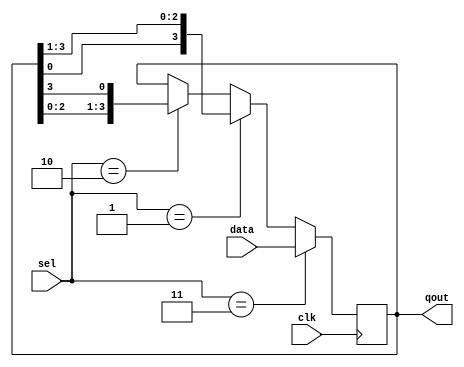
module hw6_register(qout, data, sel, clk);
	output [3:0] qout;
	input [3:0] data;
	input [1:0] sel;
	input clk;
	reg [3:0] qout;
	
	always @(posedge clk) begin
		if (sel == 2'b11) qout <= data;
		else if (sel == 2'b01) // rotate right
			qout[3:0] = {qout[0], qout[3:1]};
		else if (sel == 2'b10) // rotate left
			qout[3:0] = {qout[2:0], qout[3]};
	end
endmodule